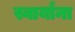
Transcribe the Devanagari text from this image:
स्वार्यांना